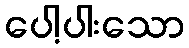
ပေါ့ပါးသော